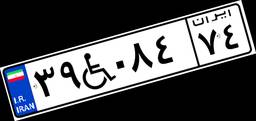
۳۹W۰۸۴۷۴